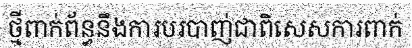
ថ្មីពាក់ព័ន្ធនឹងការបរបាញ់ជាពិសេសការពាក់